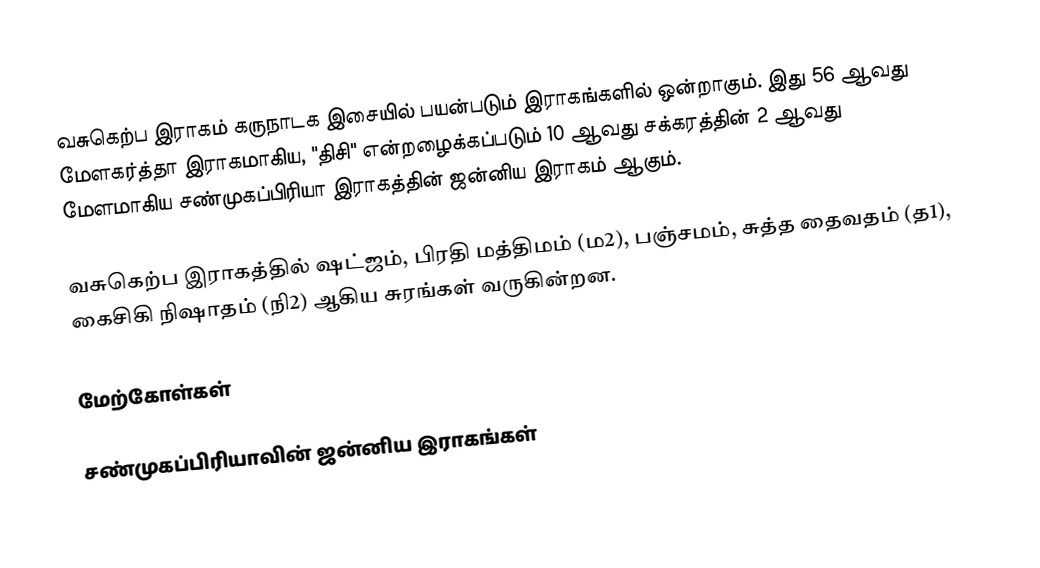
வசுகெற்ப இராகம் கருநாடக இசையில் பயன்படும் இராகங்களில் ஒன்றாகும். இது 56 ஆவது மேளகர்த்தா இராகமாகிய, "திசி" என்றழைக்கப்படும் 10 ஆவது சக்கரத்தின் 2 ஆவது மேளமாகிய சண்முகப்பிரியா இராகத்தின் ஜன்னிய இராகம் ஆகும்.

வசுகெற்ப இராகத்தில் ஷட்ஜம், பிரதி மத்திமம் (ம2), பஞ்சமம், சுத்த தைவதம் (த1), கைசிகி நிஷாதம் (நி2) ஆகிய சுரங்கள் வருகின்றன.

மேற்கோள்கள்

சண்முகப்பிரியாவின் ஜன்னிய இராகங்கள்